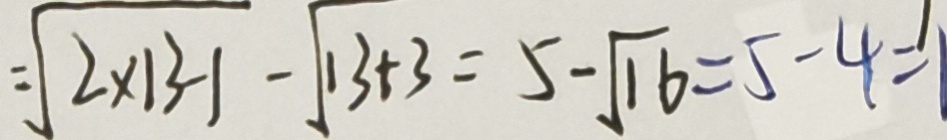
= \sqrt { 2 \times 1 3 - 1 } - \sqrt { 1 3 + 3 } = 5 - \sqrt { 1 6 } = 5 - 4 = 1